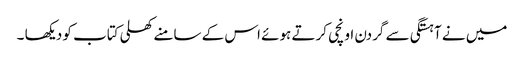
میں نے آہستگی سے گردن اونچی کرتے ہوئے اس کے سامنے کھلی کتاب کو دیکھا ۔